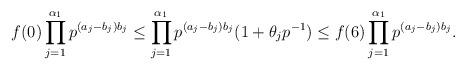
LaTeX: \begin{align*}f(0) \prod_{j=1}^{\alpha_1} p^{(a_j-b_j)b_j} \le \prod_{j=1}^{\alpha_1} p^{(a_j-b_j)b_j} (1+\theta_jp^{-1}) \le f(6) \prod_{j=1}^{\alpha_1} p^{(a_j-b_j)b_j}.\end{align*}